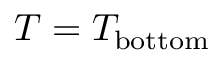
T = T _ { \mathrm { b o t t o m } }